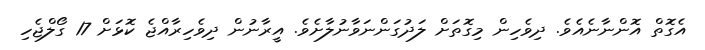
އެގޮތް އޮންނާނެއެވެ. ދިވެހިން މިގޮތަށް ލަދުގަންނަވާނުލާށެވެ. އީރާނުން ދިވެހިރާއްޖެ ކޮޅަށް 17 ގޯލްޖެހި